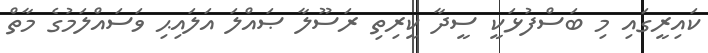
ކައިރީގައި މި ބަސްފުޅަކީ ސީދާ ކީރިތި ރަސޫލާ ޞައްލަ އަލައިޙި ވަސައްލަމުގެ މާތް